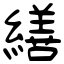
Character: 繕